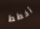
أخطط